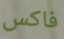
فاكس